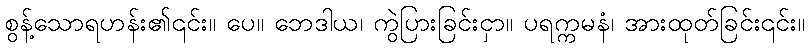
စွန့်သောရဟန်း၏၎င်း။ ပေ။ ဘေဒါယ၊ ကွဲပြားခြင်းငှာ။ ပရက္ကမနံ၊ အားထုတ်ခြင်း၎င်း။